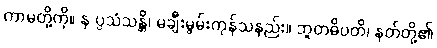
ကာမတို့ကို။ န ပ္ပသံသန္တိ၊ မချီးမွမ်းကုန်သနည်း။ ဘူတဓိပတိ၊ နတ်တို့၏